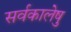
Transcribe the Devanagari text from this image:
सर्वकालेषु